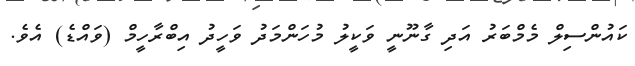
ކައުންސިލް މެމްބަރު އަދި ގާނޫނީ ވަކީލު މުހަންމަދު ވަހީދު އިބްރާހީމް (ވައްޑެ) އެވެ.